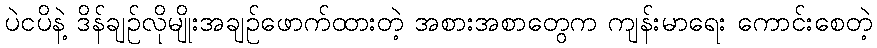
ပဲငပိနဲ့ ဒိန်ချဉ်လိုမျိုးအချဉ်ဖောက်ထားတဲ့ အစားအစာတွေက ကျန်းမာရေး ကောင်းစေတဲ့